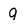
Character: q